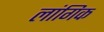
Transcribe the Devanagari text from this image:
लांगिक